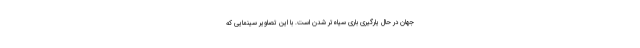
جهان در حال یارگیری باری سیاه‌تر شدن است. با این تصاویر سینمایی که